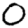
Digit: 0